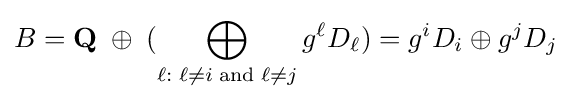
B=\mathbf {Q} \;\oplus \;(\bigoplus _{\ell :\;\ell \not =i\;\mathrm {and} \;\ell \not =j}{g^{\ell }D_{\ell }})=g^{i}D_{i}\oplus g^{j}D_{j}